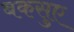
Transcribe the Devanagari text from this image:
बकसुए